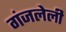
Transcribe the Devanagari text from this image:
गंजलेली